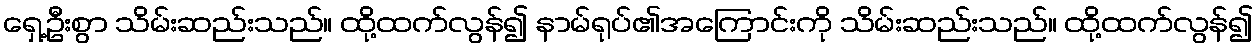
ရှေ့ဦးစွာ သိမ်းဆည်းသည်။ ထို့ထက်လွန်၍ နာမ်ရုပ်၏အကြောင်းကို သိမ်းဆည်းသည်။ ထို့ထက်လွန်၍